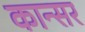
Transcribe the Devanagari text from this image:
कान्सर